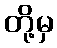
တို့မှ